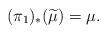
LaTeX: \begin{align*}(\pi_1)_*(\widetilde \mu) = \mu.\end{align*}